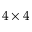
4 \times 4